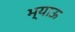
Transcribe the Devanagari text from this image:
भ्याऊ